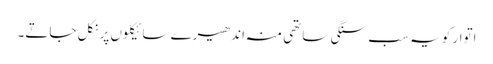
اتوار کو یہ سب سنگی ساتھی منہ اندھیرے سائیکلوں پر نکل جاتے۔